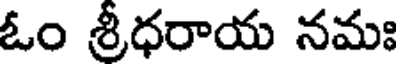
ఓం శ్రీధరాయ నమః